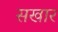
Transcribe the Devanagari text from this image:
सखार